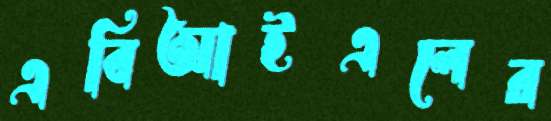
এবিআইএলের